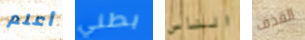
أعلم بطني الناس القذف